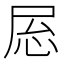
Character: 𫵝